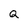
Character: Q